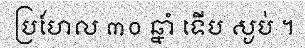
ប្រហែល ៣០ ឆ្នាំ ទើប ស្ងប់ ។